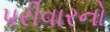
પરીવારનો